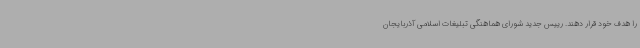
را هدف خود قرار دهند. رییس جدید شورای هماهنگی تبلیغات اسلامی آذربایجان